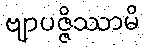
ဗျာပဇ္ဇိဿာမိ